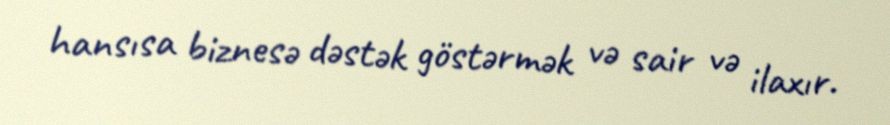
hansısa biznesə dəstək göstərmək və sair və ilaxır.